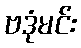
ဗဒုံမင်း